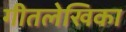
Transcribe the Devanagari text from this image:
गीतलेखिका